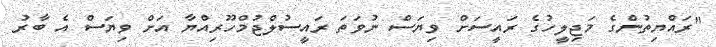
"ރައްޔިތުންގެ މަޖިލީހުގެ ރައީސަށް ވިޔަސް ނުވަތަ ރައީސުލްޖުމްހޫރިއްޔާ އަށް ވިޔަސް އެ ބާރު